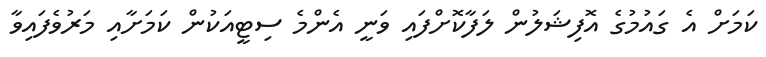
ކަމަށް އެ ގައުމުގެ އޮފިޝަލުން ލަފާކޮށްފައި ވަނީ އެންމެ ސިޓީއަކުން ކަމަށާއި މަރުވެފައިވާ